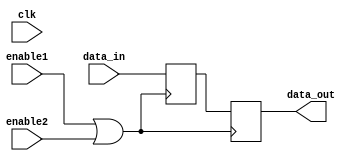
module ClockGatedMemory (
    input wire clk,          // System clock
    input wire enable1,     // First enable signal
    input wire enable2,     // Second enable signal
    input wire [7:0] data_in, // Data input for memory block
    output reg [7:0] data_out // Data output from memory block
);

    // Internal signal for the gated clock
    wire gated_clk;

    // OR gate to combine enable signals
    assign gated_clk = enable1 | enable2;

    // Memory block (for example, a simple register)
    reg [7:0] memory [0:15]; // 16 x 8-bit memory

    // Memory write operation
    always @(posedge gated_clk) begin
        // Only write to memory if gated clock is active
        if (gated_clk) begin
            memory[0] <= data_in; // Example write operation to address 0
        end
    end

    // Memory read operation
    always @(posedge gated_clk) begin
        // Only read from memory if gated clock is active
        if (gated_clk) begin
            data_out <= memory[0]; // Example read operation from address 0
        end
    end

endmodule